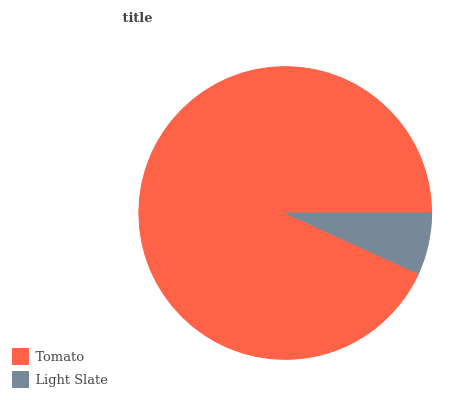
| Tomato | Light Slate |
 | --- | --- |
 | 93.2% | 6.79% |